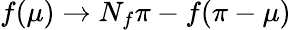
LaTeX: f(\mu)\to N_{f}\pi-f(\pi-\mu)